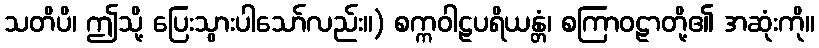
သတိပိ၊ ဤသို့ ပြေးသွားပါသော်လည်း။) စက္ကဝါဠပရိယန္တံ၊ စကြာဝဠာတို့၏ အဆုံးကို။